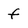
Character: f